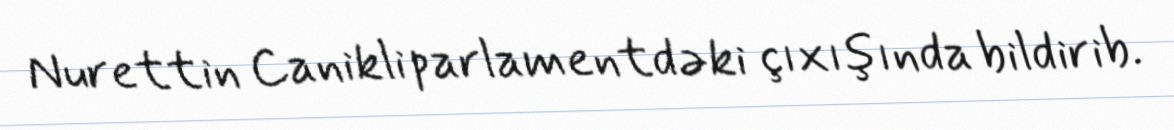
Nurettin Canikli parlamentdəki çıxışında bildirib.